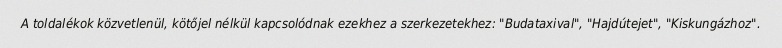
A toldalékok közvetlenül, kötőjel nélkül kapcsolódnak ezekhez a szerkezetekhez: "Budataxival", "Hajdútejet", "Kiskungázhoz".